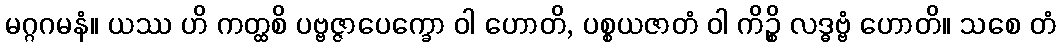
မဂ္ဂဂမနံ။ ယဿ ဟိ ကတ္ထစိ ပဗ္ဗဇ္ဇာပေက္ခော ဝါ ဟောတိ, ပစ္စယဇာတံ ဝါ ကိဉ္စိ လဒ္ဓဗ္ဗံ ဟောတိ။ သစေ တံ